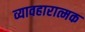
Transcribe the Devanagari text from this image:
व्यावहारात्मक